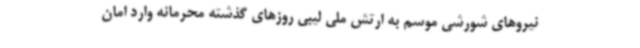
نیروهای شورشی موسم به ارتش ملی لیبی روزهای گذشته محرمانه وارد امان